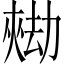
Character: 𱘺